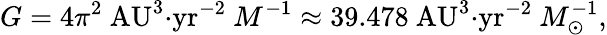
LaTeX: G=4\pi^{2}\mathrm{{\ AU^{3}{\cdot}yr^{-2}}}\ M^{-1}\approx 39.478\mathrm{{\ AU^{3}{\cdot}yr^{-2}}}\ M_{\odot}^{-1},